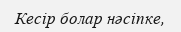
Кесір болар нәсіпке,